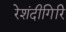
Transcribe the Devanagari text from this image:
रेशंदीगिरि